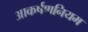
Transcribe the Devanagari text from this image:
आकर्षणनियम